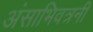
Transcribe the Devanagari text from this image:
अंसाभिवत्रनी